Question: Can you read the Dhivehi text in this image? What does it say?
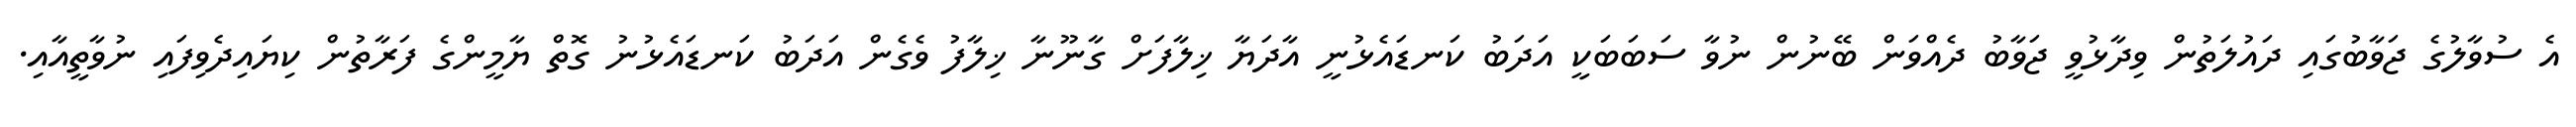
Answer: އެ ސުވާލުގެ ޖަވާބުގައި ދައުލަތުން ވިދާޅުވީ ޖަވާބު ދެއްވަން ބޭނުން ނުވާ ސަބަބަކީ އަދަބު ކަނޑައެޅުނީ އާދަޔާ ޚިލާފަށް ގާނޫނާ ޚިލާފު ވެގެން އަދަބު ކަނޑައެޅުނު ގޮތް ޔާމީންގެ ފަރާތުން ކިޔައިދެވިފައި ނުވާތީއާއި.